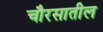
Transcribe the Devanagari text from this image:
चौरसातील